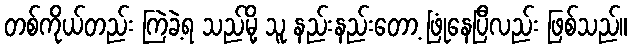
တစ်ကိုယ်တည်း ကြဲခဲ့ရ သည်မို့ သူ နည်းနည်းတော့ ဖြုံနေပြီလည်း ဖြစ်သည်။